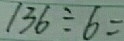
1 3 6 \div 6 =